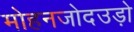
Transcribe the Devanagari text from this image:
मोहनजोदउड़ो